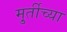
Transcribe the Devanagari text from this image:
मु्र्तीच्या